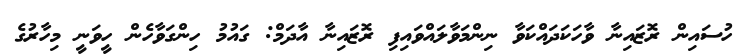
ހުސައިން ރޮޒައިނާ ވާހަކަދައްކަވާ ނިންމަވާލައްވައިިފި ރޮޒައިނާ އާދަމް: ގައުމު ހިންގަވާހެން ހީވަނީ މިހާރުގެ